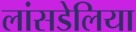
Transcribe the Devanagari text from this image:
लांसडेलिया